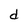
Character: d